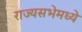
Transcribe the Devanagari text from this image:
राज्यसभेमध्ये